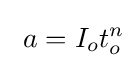
\ a=I_{o}t_{o}^{n}